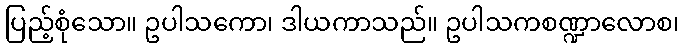
ပြည့်စုံသော။ ဥပါသကော၊ ဒါယကာသည်။ ဥပါသကစဏ္ဍာလောစ၊